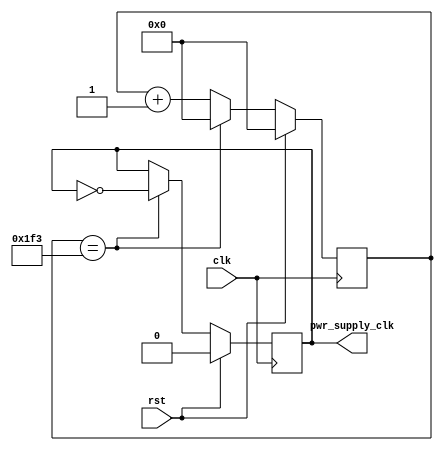
//
// Copyright 2021 Ettus Research, A National Instruments Brand
//
// SPDX-License-Identifier: LGPL-3.0-or-later
//
// Module: pwr_supply_clk_gen
//
// Description:
//
//   Generates a clock for one motherboard power supply.
//
// Parameters:
//
//   BASE_ADDRESS  : Base address for CtrlPort registers.
//   NUM_ADDRESSES : Number of bytes of address space to use.
//

`default_nettype none


module pwr_supply_clk_gen#(
  parameter SOURCE_CLK_FREQ = 100_000_000,
  parameter TARGET_CLK_FREQ =     100_000
) (
  // Base clock and reset
  input wire clk,
  input wire rst,

  // Power supply clocks
  output reg pwr_supply_clk
);

//-----------------------------------------------------------------------------
// Counter Calculation / Definition
//-----------------------------------------------------------------------------
// Counter to generate the power supply switching clock

// Assumption: the ratio between the generated clock and the source clock is
//             even, therefore we can produce a 50% DC clock output.
localparam MAX_COUNT = SOURCE_CLK_FREQ / TARGET_CLK_FREQ / 2;
localparam COUNTER_W = $clog2(MAX_COUNT);
reg [COUNTER_W-1:0] counter = 0;

//-----------------------------------------------------------------------------
// Clock Generation
//-----------------------------------------------------------------------------
// This process implements a simple clock divider for the power supply
// switcher.

// SAFE COUNTER START! rst is a synchronous reset generated in the
// clk domain; therefore, inherently safe.
always @(posedge clk) begin
  if (rst) begin
    counter <= 0;
    pwr_supply_clk <= 1'b0;
  end
  else begin
    // Add one every cycle to the counter
    counter <= counter + 1'b1;

    // When the counter reaches its mid value, it is reset and the output clock
    // output is toggled.
    if (counter == MAX_COUNT-1) begin
      counter <= 0;
      pwr_supply_clk <= ~pwr_supply_clk;
    end
  end
end

endmodule


`default_nettype wire